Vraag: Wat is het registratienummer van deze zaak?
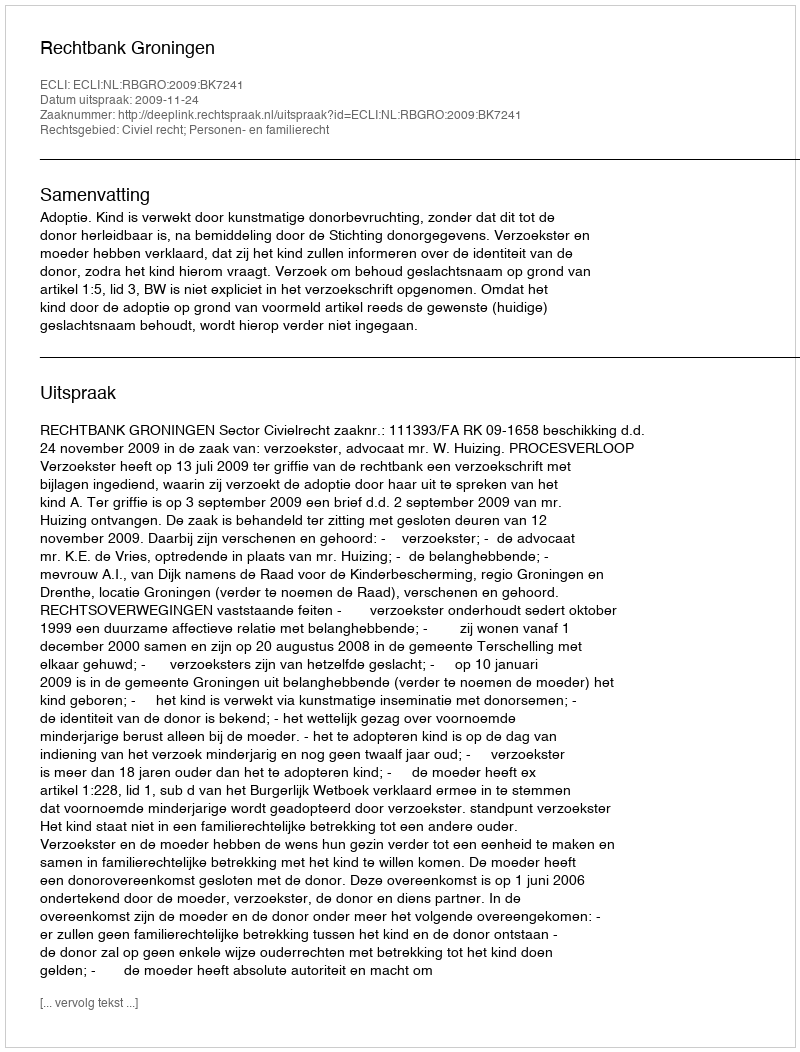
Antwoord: http://deeplink.rechtspraak.nl/uitspraak?id=ECLI:NL:RBGRO:2009:BK7241